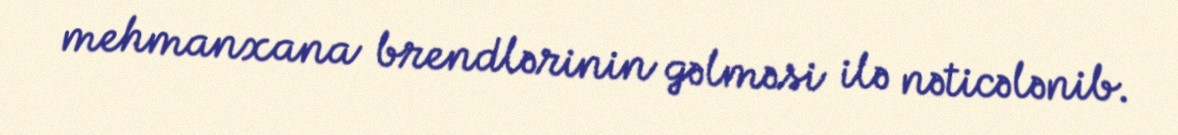
mehmanxana brendlərinin gəlməsi ilə nəticələnib.